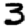
Digit: 3